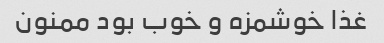
غذا خوشمزه و خوب بود ممنون